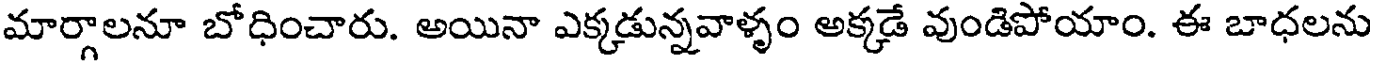
మార్గాలనూ బోధించారు. అయినా ఎక్కడున్నవాళ్ళం అక్కడే వుండిపోయాం. ఈ బాధలను